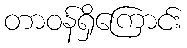
တာဝန်ရှိကြောင်း